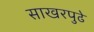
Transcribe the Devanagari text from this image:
साखरपुढे